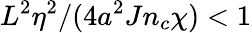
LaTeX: L^{2}\eta^{2}/(4a^{2}Jn_{c}\chi)<1